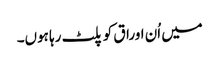
میں اُن اوراق کو پلٹ رہا ہوں۔